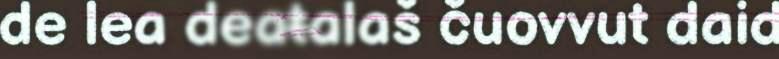
de lea deaŧalaš čuovvut daid